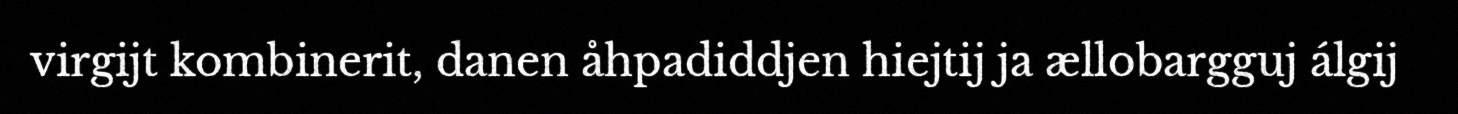
virgijt kombinerit, danen åhpadiddjen hiejtij ja ællobargguj álgij